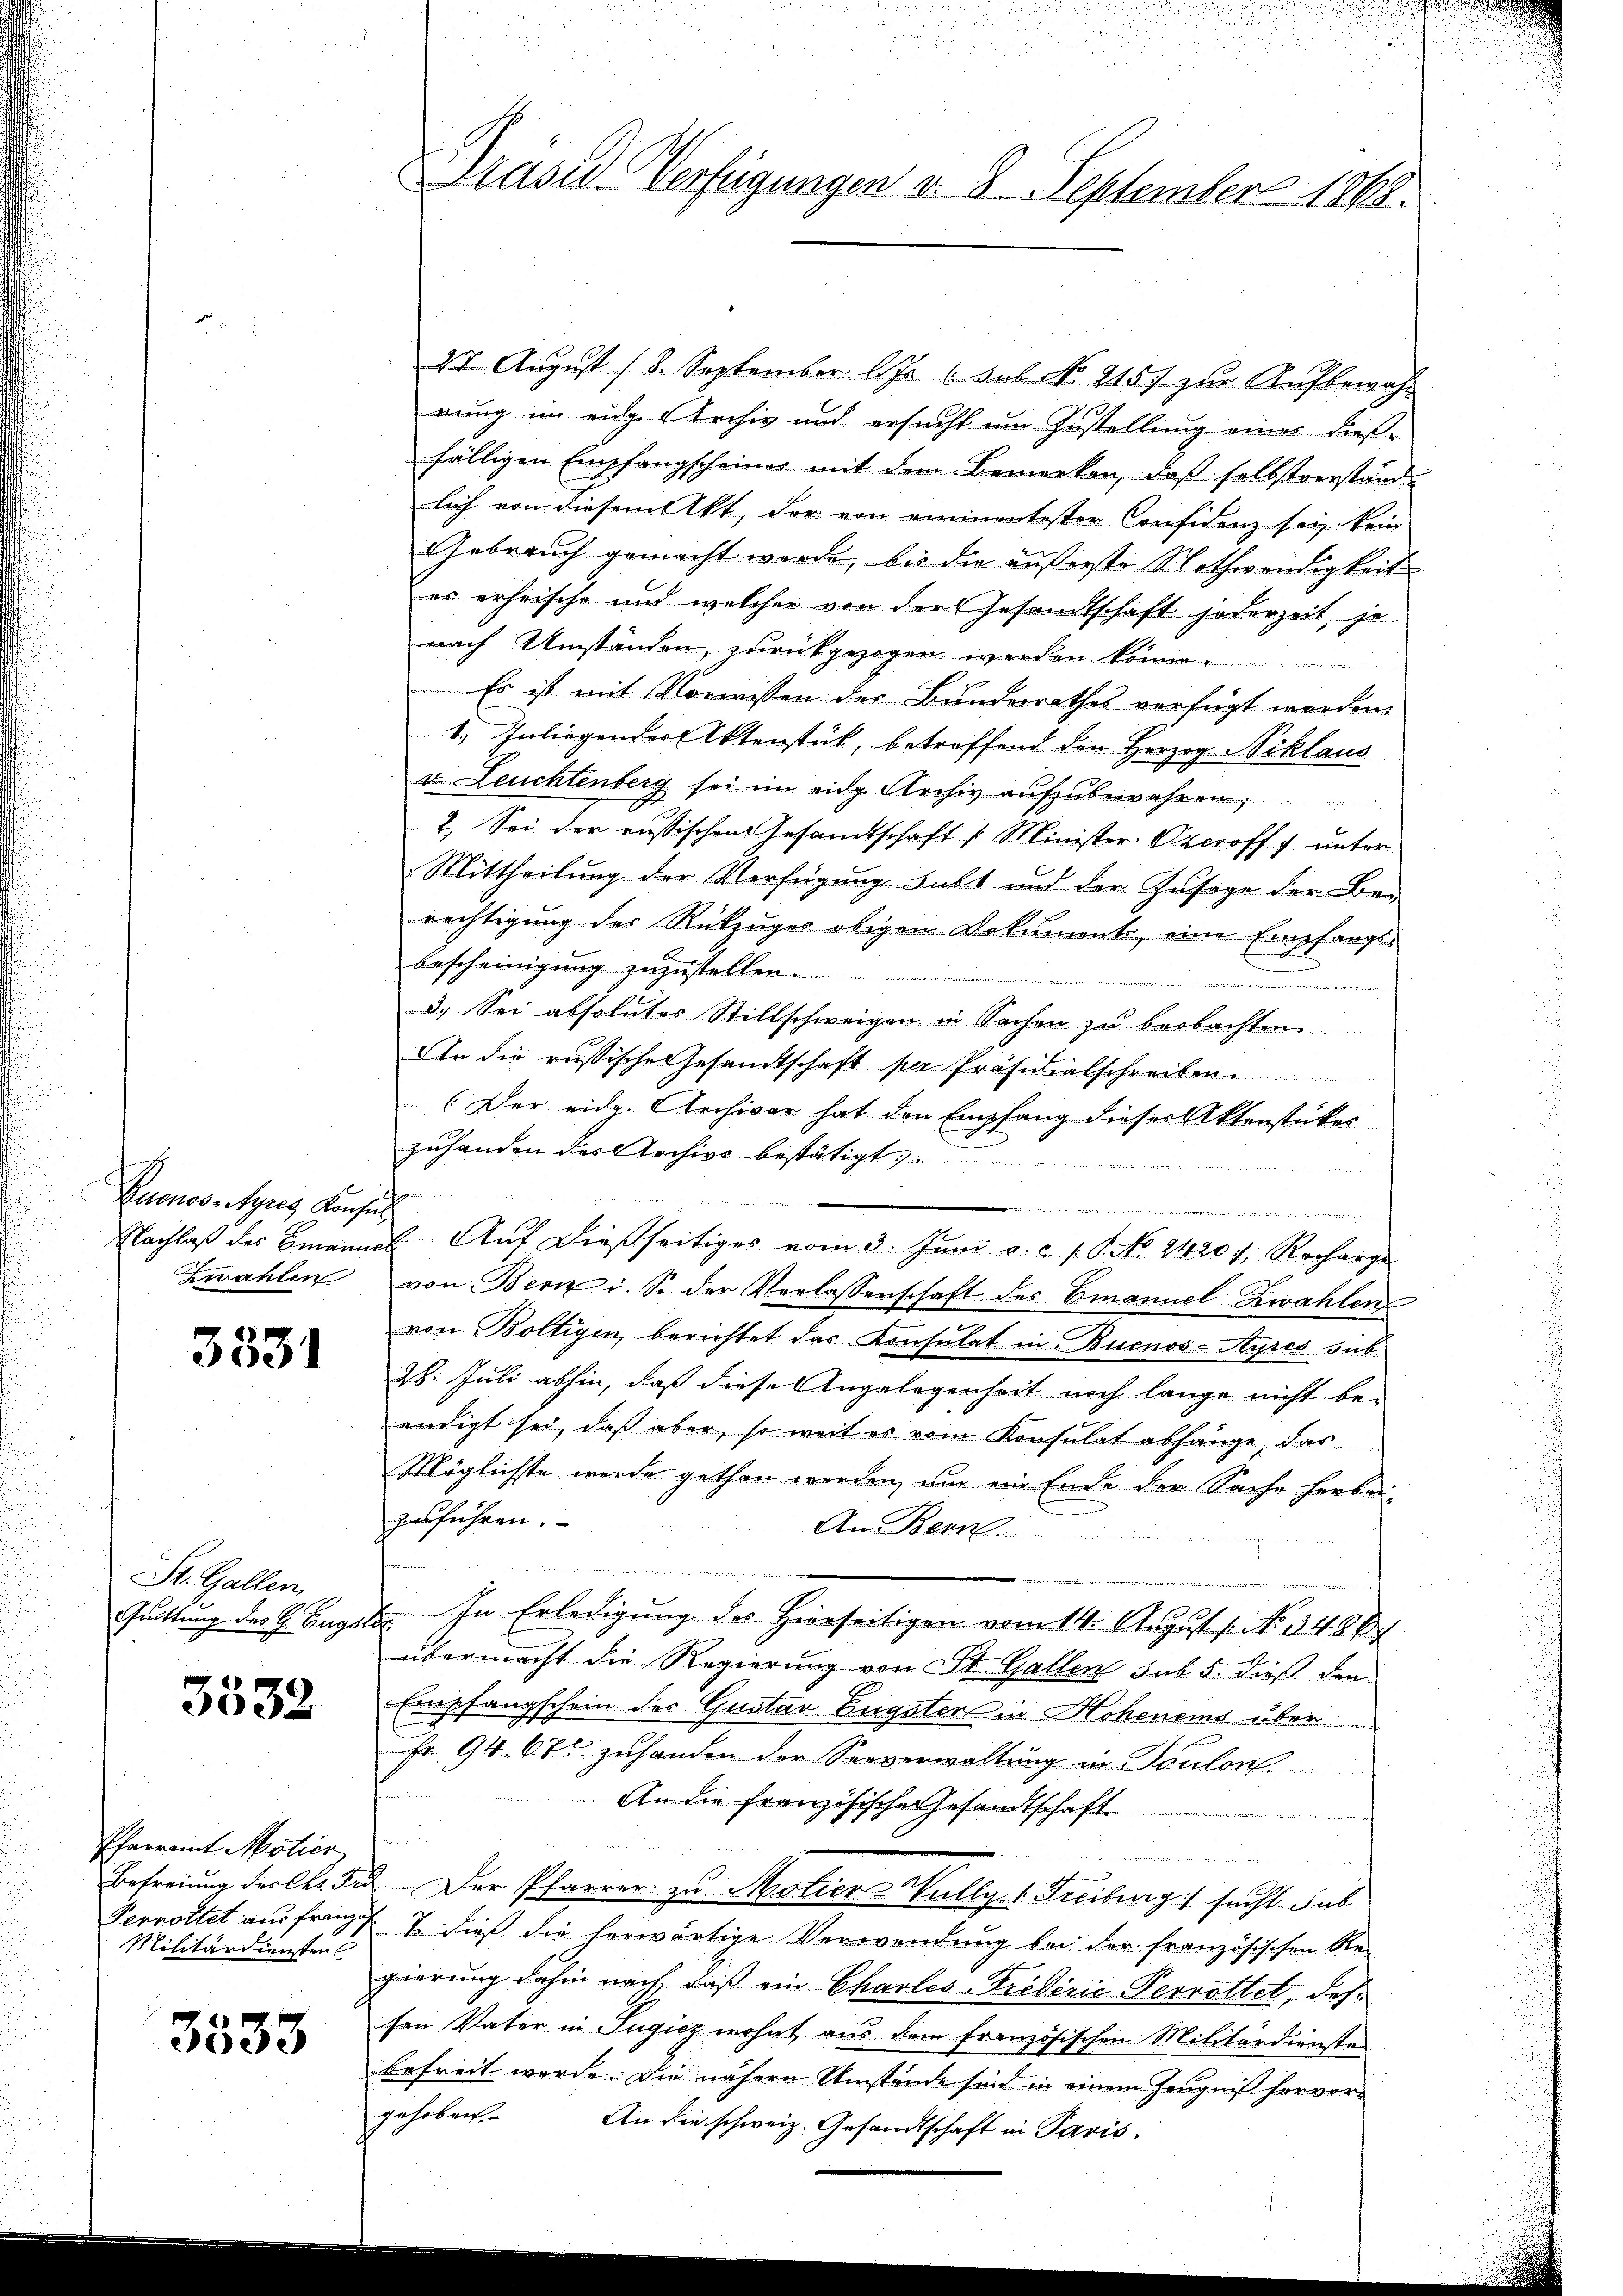
Buenos-Ayres Konsul
Zwahlen

3331

St. Gallen,
Quittung des H. Eugst

3532

Pfarramt Motier
Befreiung der Chr. Fr
Pernottet aus franz
Militärdienstauf

3333

Präsid. Verfügungen v. 8. September 1868.

27. August 18. September lJs 6. sub No. 2157 zŭr Aŭfbewahr
rung im einge Archiv und ersucht um Zustellung einer dießfälligen Empfangscheiner mit dem Bemerken, daß selbstverständlich von diesem Akt, der von einimentester Confidenz sei kein
Gebrauch gemacht worde, bis die äußerste Nothwendigkeit
es erheische und welcher von der Gesandtschaft jederzeit, je
nach Umständen, zurückgezogen werden
Es ist mit Vorwissen der Bundesrathes verfügt worden.
1., Inliegender Aktenstück, betreffend den Herzog Niklaus
v. Leuchtenberg sei im eidg. Archiv aufzubewahren,
2. Sei der russischen Gesamtschaft 1 Minister Oxeroff 1 unter
Mittheilung der Verfügung habt und der Zusage der Bei
rächtigung der Rückzuges obigen Dokuments, eine Empfangs-
bescheinigung zuzustellen.
3.) Sei absolutes Stillschweigen in Sachen zu beobachten.
An die russische Gesandtschaft per Präsidialschreiben.
(Der eidg. Archivar hat den Empfang dieser Aktenstückes
zuhanden des Archivs bestätigt,
nen
Nachlaß des Bannes Auf dießseitiges vom 3. Juni a. c. 1 S. No. 2420 f. Recharge
von Bern i. S. der Verlassenschaft des Emanuel Zwahlen
von Boltigen, berichtet das Konsulat in Buenos-Ayres sub
28. Juli abhin, daß diese Angelegenheit noch lange nicht be-
endigt sei, daß aber, so weit es vom Konsulat abhänge, das
Möglichste wurde gethan werden, um ein Ende der Sache herbei,
zusführen.
Am Brenn
n

In Erledigung des Hierseitigen vom 14. August 1. No. 3488
d
übermacht die Regierung von St. Gallen sub 5. dieß den
Empfangschein des Gustav Eugsters in Hohenens über
Fr. 94. 670 zuhanden der Seeverwaltung in Toulon
An die französische Gesandtschaft
2. Der Pfarrer zu Motier Wully v. Freiburg :/ sucht sub
I. dieß die herwärtige Verwendung bei der französischen Re-
gierung dahin nach, daß ein Charles-Kriderie Perrottet, daß
sen Vater in Jugicz wohnt aus dem französischen Militärdienste
befreit werde. Die nähern Umstände sind in einem Zeugniß hervorgehoben. An die schweiz. Gesandtschaft in Paris.